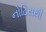
નોટિસથી